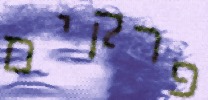
פרקים